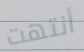
أنتهت